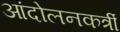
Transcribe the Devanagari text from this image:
आंदोलनकर्त्री